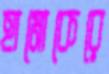
হামোকেরে